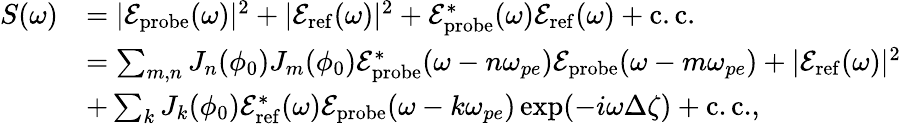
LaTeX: \begin{array}{rl}{S(\omega)}&{=|\mathcal{E}_{\mathrm{probe}}(\omega)|^{2}+|\mathcal{E}_{\mathrm{ref}}(\omega)|^{2}+\mathcal{E}_{\mathrm{probe}}^{*}(\omega)\mathcal{E}_{\mathrm{ref}}(\omega)+\mathrm{c.c.}}\\ &{=\sum_{m,n}J_{n}(\phi_{0})J_{m}(\phi_{0})\mathcal{E}_{\mathrm{probe}}^{*}(\omega-n\omega_{pe})\mathcal{E}_{\mathrm{probe}}(\omega-m\omega_{pe})+|\mathcal{E}_{\mathrm{ref}}(\omega)|^{2}}\\ &{+\sum_{k}J_{k}(\phi_{0})\mathcal{E}_{\mathrm{ref}}^{*}(\omega)\mathcal{E}_{\mathrm{probe}}(\omega-k\omega_{pe})\exp(-i\omega\Delta\zeta)+\mathrm{c.c.},}\end{array}